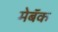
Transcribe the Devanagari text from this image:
मेबॅक